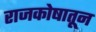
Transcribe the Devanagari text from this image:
राजकोषातून